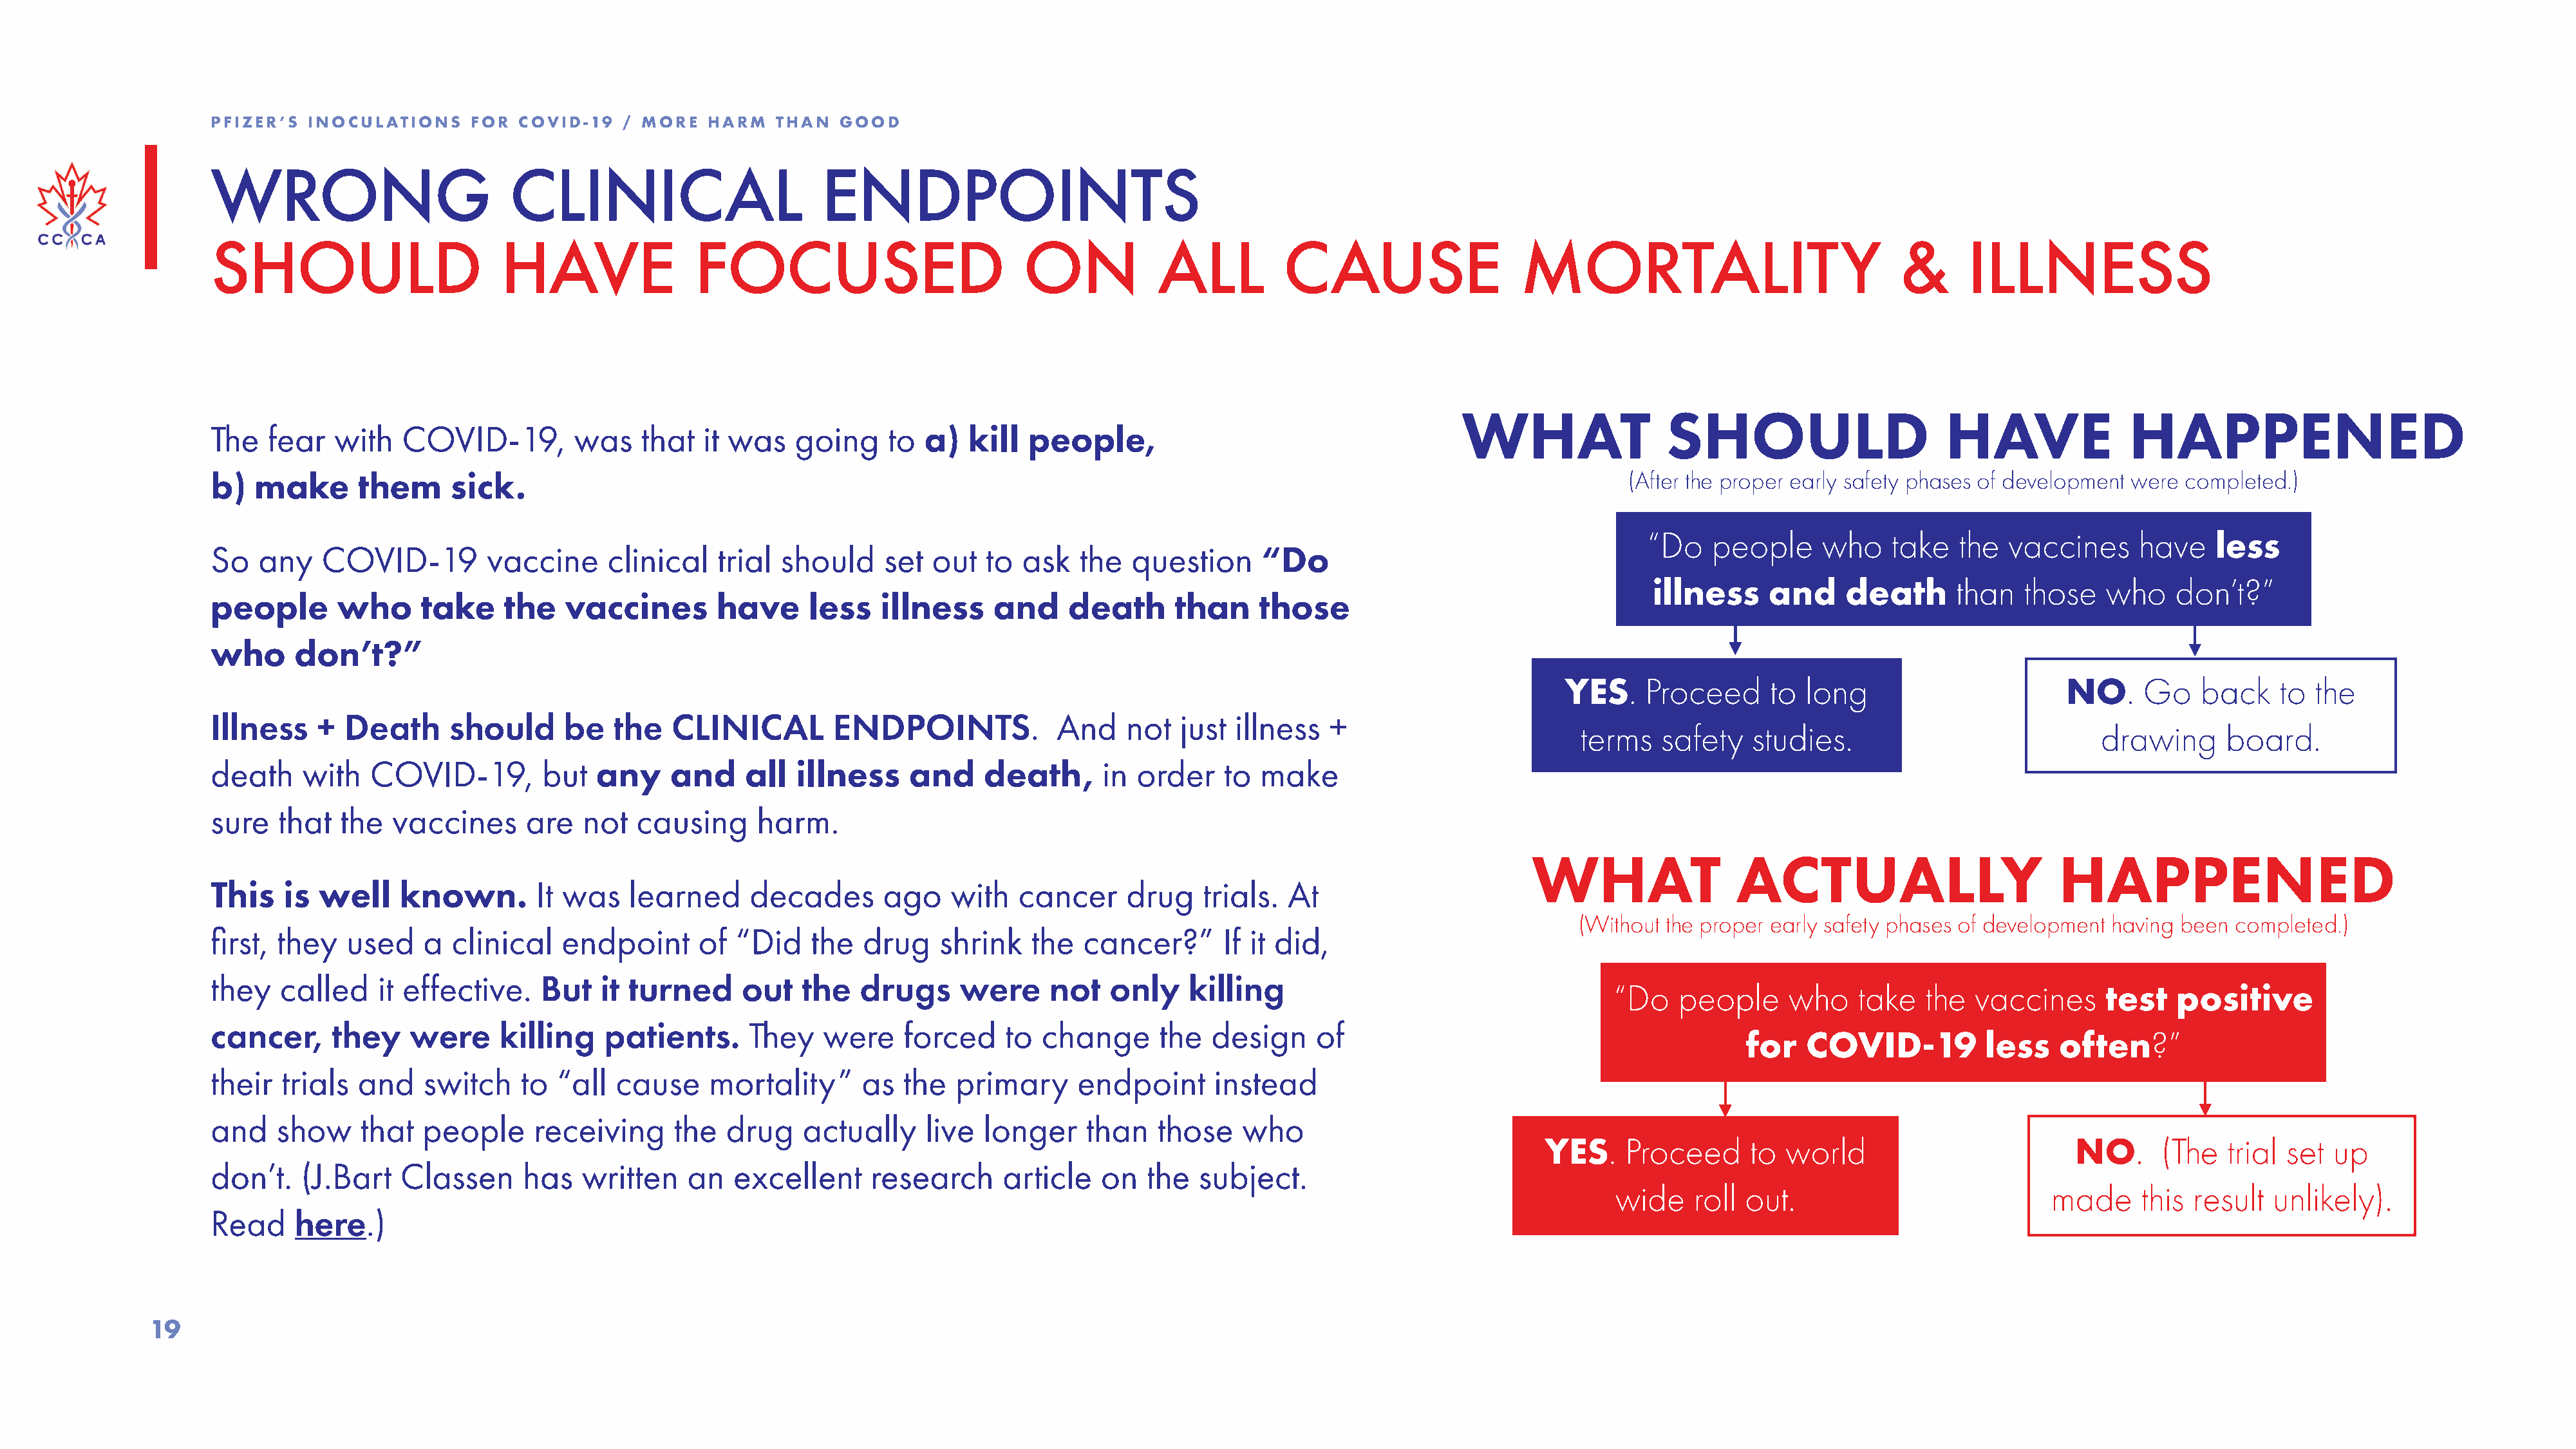
PFIZER’S  INOCULATIONS    FOR  COVID-19   / MORE   HARM   THAN  GOOD
 The Pfizer trial measured:
 1. Adverse events/symptoms
 WRONG                         CLINICAL                        ENDPOINTS
 2. SARS-CoV-2 serum neutralizing antibody levels
 3. SARS-CoV-2 anti-S1 binding antibody levels & anti- RBD binding antibody levels
 SHOULD                       HAVE                FOCUSED                           ON            ALL          CAUSE                   MORTA4.                EfLfectIiveTnesYs (wh et&her or noIt LpeoLpleN contraEctedS COSVID-19, which was decided with
 a PCR test + 2 symptoms)
 WHAT                 SHOULD                       HAVE               HAPPENED
 The   fear  with   COVID-19,         was    that  it was    going    to  a)   kill  people,
 b)  make       them     sick.                                                                                                                    (After the proper early safety phases of development were completed.)
 “Do    people     who    take   the  vaccines      have    less
 So   any   COVID-19         vaccine     clinical    trial should     set  out  to  ask   the  question      “Do
 illness     and     death      than   those   who     don’t?”
 people       who     take     the   vaccines        have     less   illness     and     death      than    those
 who     don’t?”
 YES.    Proceed      to  long                      NO.     Go    back    to  the
 Illness    + Death      should      be   the   CLINICAL         ENDPOINTS.             And    not  just  illness   +
 terms    safety   studies.                            drawing      board.
 death    with   COVID-19,         but  any     and     all  illness    and     death,      in  order    to  make
 sure   that  the  vaccines      are   not  causing      harm.
 WHAT                  ACTUALLY                         HAPPENED
 This   is  well    known.        It was    learned     decades       ago    with   cancer     drug    trials. At
 (Without the proper early safety phases of development having been  completed.)
 first, they   used    a clinical    endpoint      of  “Did   the   drug    shrink   the  cancer?”       If it did,
 they   called    it effective.    But   it turned     out   the   drugs      were     not   only    killing
 “Do    people     who    take   the  vaccines     test    positive
 cancer,     they    were     killing    patients.      They    were    forced    to  change      the   design    of
 for    COVID-19          less    often?”
 their  trials  and    switch    to “all  cause     mortality”      as  the  primary      endpoint      instead
 and   show     that  people      receiving     the   drug    actually    live  longer     than   those    who
 YES.    Proceed      to  world                        NO.      (The   trial set  up
 don’t.   (J.Bart   Classen      has   written    an  excellent      research     article   on   the  subject.
 wide    roll out.                            made     this result   unlikely).
 Read    here.)
 19